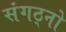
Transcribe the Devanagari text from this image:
संगठ्नो